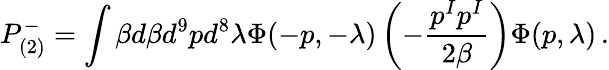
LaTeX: P_{(2)}^{-}=\int\beta d\beta d^{9}pd^{8}\lambda\Phi(-p,-\lambda)\left(-\frac{p^{I}p^{I}}{2\beta}\right)\Phi(p,\lambda)\, .